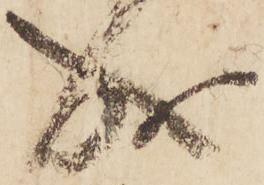
成